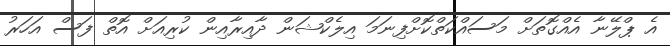
އެ ޕްލޭނާ އެއްގޮތަށް މަސައްކަތްކޮށްފިނަމަ އިލެކްޝަން ދާއިރާއިން ކުރިއަށް އޮތް ފަސް އަހަރު